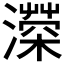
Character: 𤀻